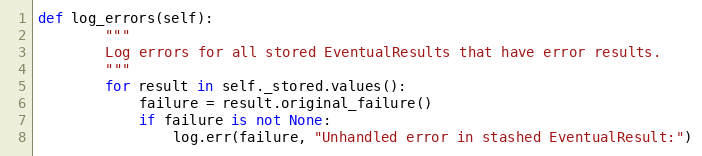
Language: Python
def log_errors(self):
        """
        Log errors for all stored EventualResults that have error results.
        """
        for result in self._stored.values():
            failure = result.original_failure()
            if failure is not None:
                log.err(failure, "Unhandled error in stashed EventualResult:")